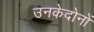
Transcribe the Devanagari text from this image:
उनकेदोनों